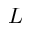
L